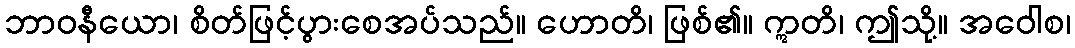
ဘာဝနီယော၊ စိတ်ဖြင့်ပွားစေအပ်သည်။ ဟောတိ၊ ဖြစ်၏။ ဣတိ၊ ဤသို့။ အဝေါစ၊